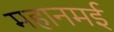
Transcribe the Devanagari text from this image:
महानमई